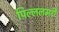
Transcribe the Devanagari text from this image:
पिल्ललमर्री